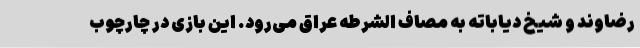
رضاوند و شیخ دیاباته به مصاف الشرطه عراق می‌رود. این بازی در چارچوب